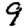
Digit: 9